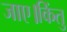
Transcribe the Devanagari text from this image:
जाए।किंतु